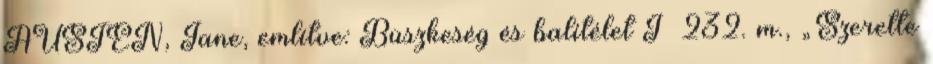
AUSTEN, Jane, említve: Büszkeség és balítélet I 232. m., „Szerette